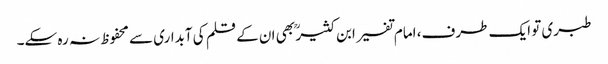
طبری تو ایک طرف، امام تفسیر ابن کثیر ؒ بھی ان کے قلم کی آبداری سے محفوظ نہ رہ سکے۔